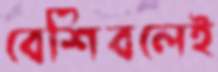
বেশিবলেই